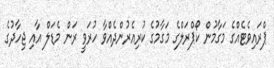
ޕްރައިވެޓެއްގެ މަގާމުން ކޯޕްރަލްގެ މަގާމުގެ ކުރިއެރުންދެއްވާ ހުރަވީ ރަން މެޑަލް އާއި ޖިހާދުގެ